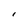
Character: l